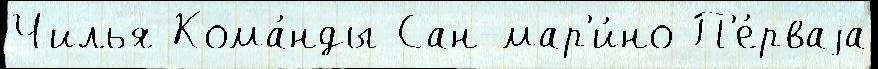
Чилья Кома́нды Сан-мар'и́но П'е́рваjа